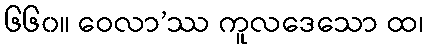
၆၆၀။ ဝေလာ’ဿ ကူလဒေသော ထ၊